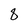
Character: 8